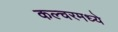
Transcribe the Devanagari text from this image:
कल्चरमध्ये